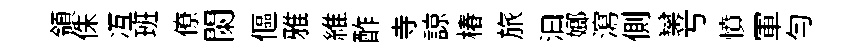
領侏冱班僚闌傴雅維酢寺諒椿旅汩嫏瀉側欒𠔃憤軍匀